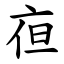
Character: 亱